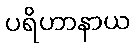
ပရိဟာနာယ